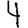
Digit: 4